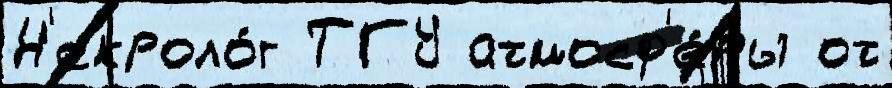
Н'екроло́г ТГУ атмосф'е́ры от